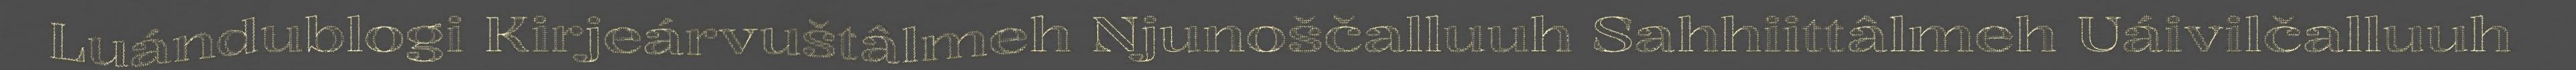
Luándublogi Kirjeárvuštâlmeh Njunoščalluuh Sahhiittâlmeh Uáivilčalluuh